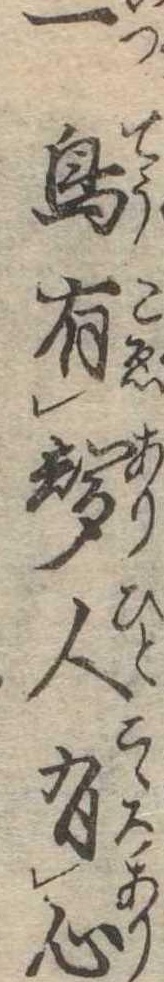
一鳥有声人有心